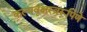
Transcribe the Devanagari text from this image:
कल्पवृक्षस्वरूपिणे